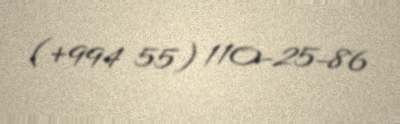
(+994 55) 110-25-86